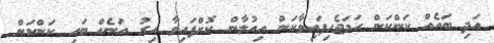
އަދި ބައެއް ކަންކަން ހަމަޖެހިފައިވާކަން އިއުލާން ކޮށްފައިވާ އިރު އަނެއް ބައި ކަންކަން